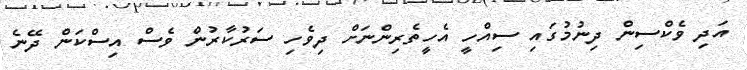
އަދި ވެކްސިން ދިނުމުގައި ސިއްހީ އެހީތެރިންނަށް ދިވެހި ސަރުކާރުން ވެސް އިސްކަން ދޭނެ